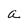
Character: a